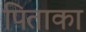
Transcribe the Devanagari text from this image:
पिताका